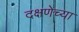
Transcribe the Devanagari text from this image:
दक्षणेच्या